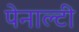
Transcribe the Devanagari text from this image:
पेनाल्‍टी